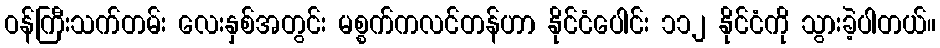
ဝန်ကြီးသက်တမ်း လေးနှစ်အတွင်း မစ္စက်ကလင်တန်ဟာ နိုင်ငံပေါင်း ၁၁၂ နိုင်ငံကို သွားခဲ့ပါတယ်။